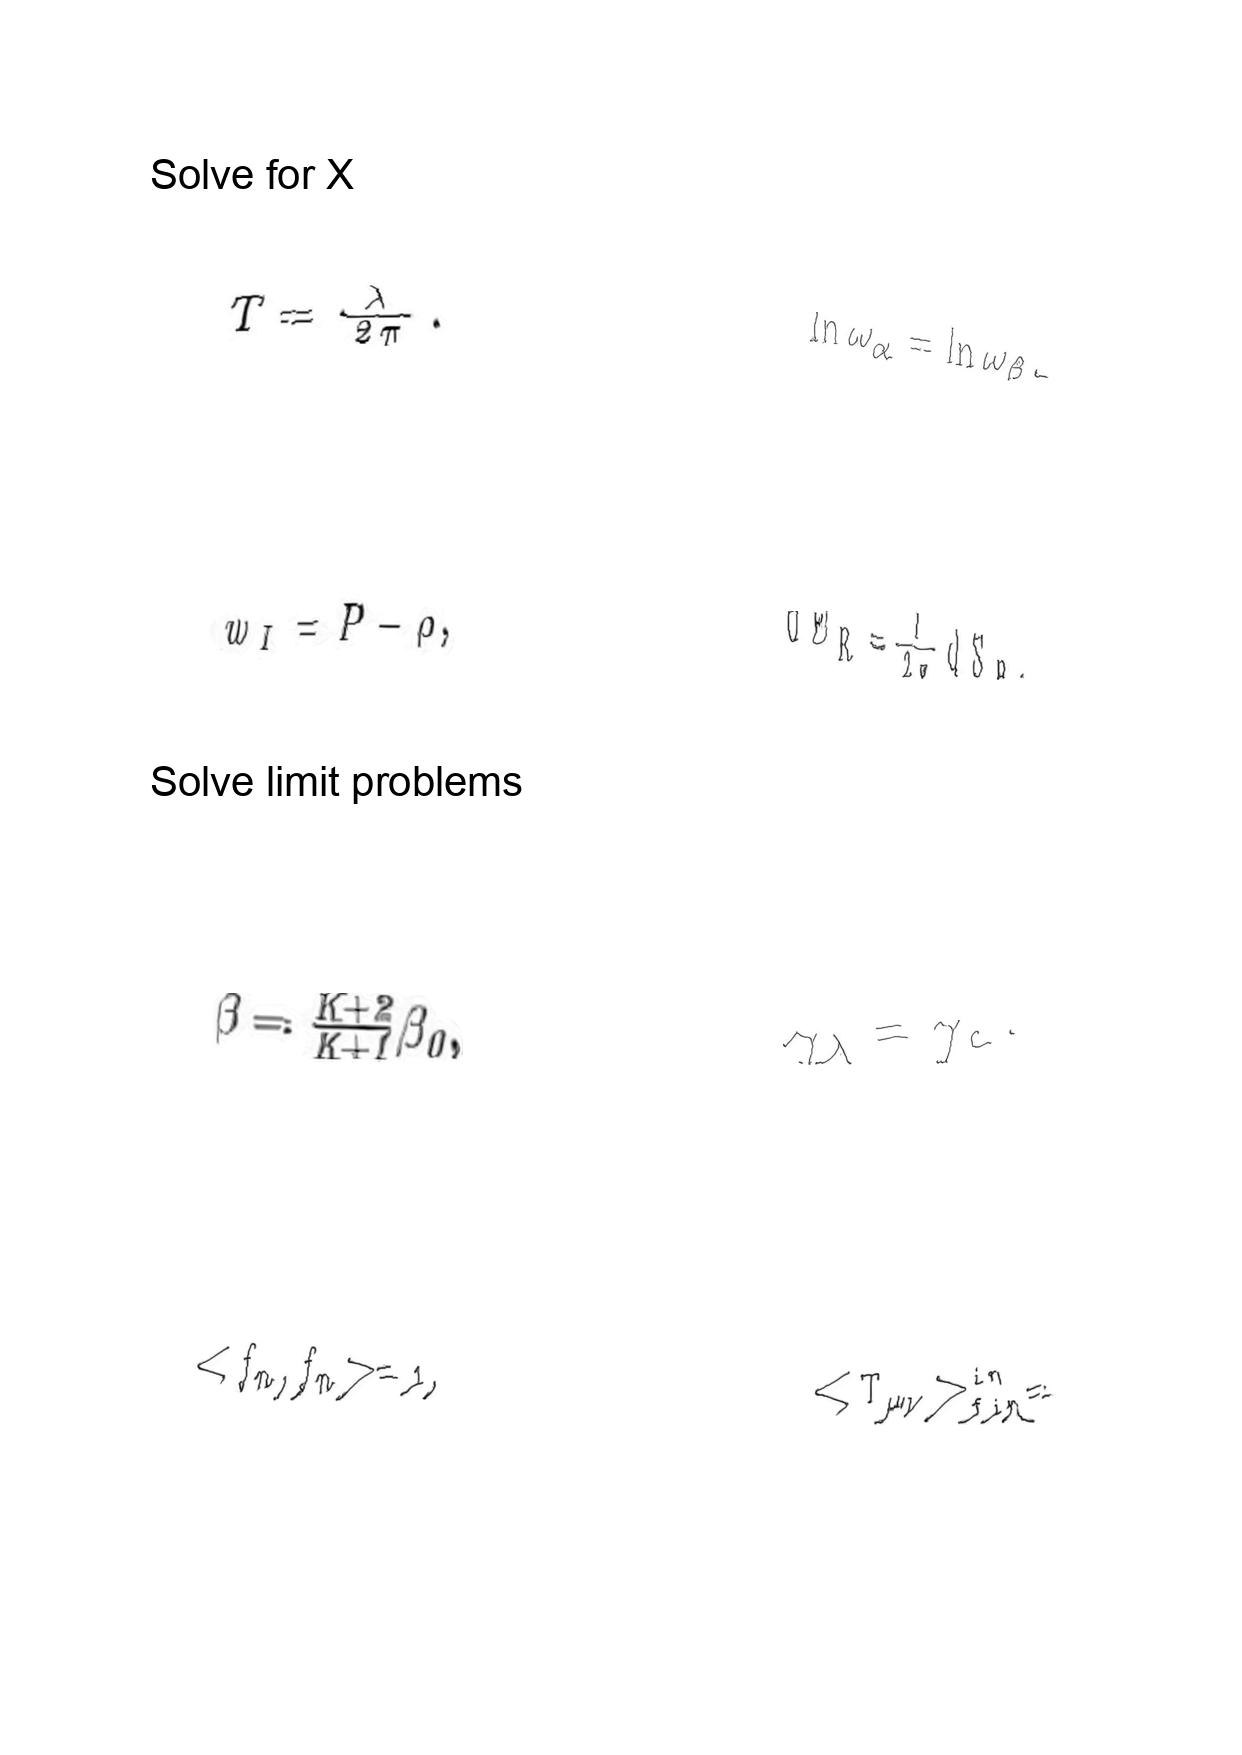
LaTeX transcription:
T = \frac { \lambda } { 2 \pi } .
w _ { I } = P - \rho ,
\beta = \frac { K + 2 } { K + 1 } \beta _ { 0 } ,
\lt f _ { n } , f _ { n } \gt = 1 ,
\ln \omega _ { \alpha } = \ln \omega _ { \beta } .
d E _ { R } = \frac { 1 } { 2 \pi } d S _ { R } ,
\gamma _ { \lambda } = \gamma _ { c } .
\lt T _ { \mu \nu } \gt _ { f i n } ^ { i n } =